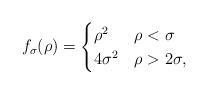
LaTeX: \begin{align*} f_\sigma(\rho) =\begin{cases} \rho^2 & \rho <\sigma\\ 4\sigma^2& \rho>2\sigma, \end{cases} \end{align*}